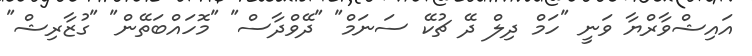
އައިޝްވާރްޔާ ވަނީ "ހަމް ދިލް ދޭ ޗުކޭ ސަނަމް" "ދޭވްދާސް" "މޮހައްބަތޭން" "ގުޒާރިޝް"